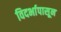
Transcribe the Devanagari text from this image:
विदर्भापासून